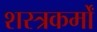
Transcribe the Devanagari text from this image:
शस्त्रकर्मों